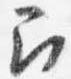
召